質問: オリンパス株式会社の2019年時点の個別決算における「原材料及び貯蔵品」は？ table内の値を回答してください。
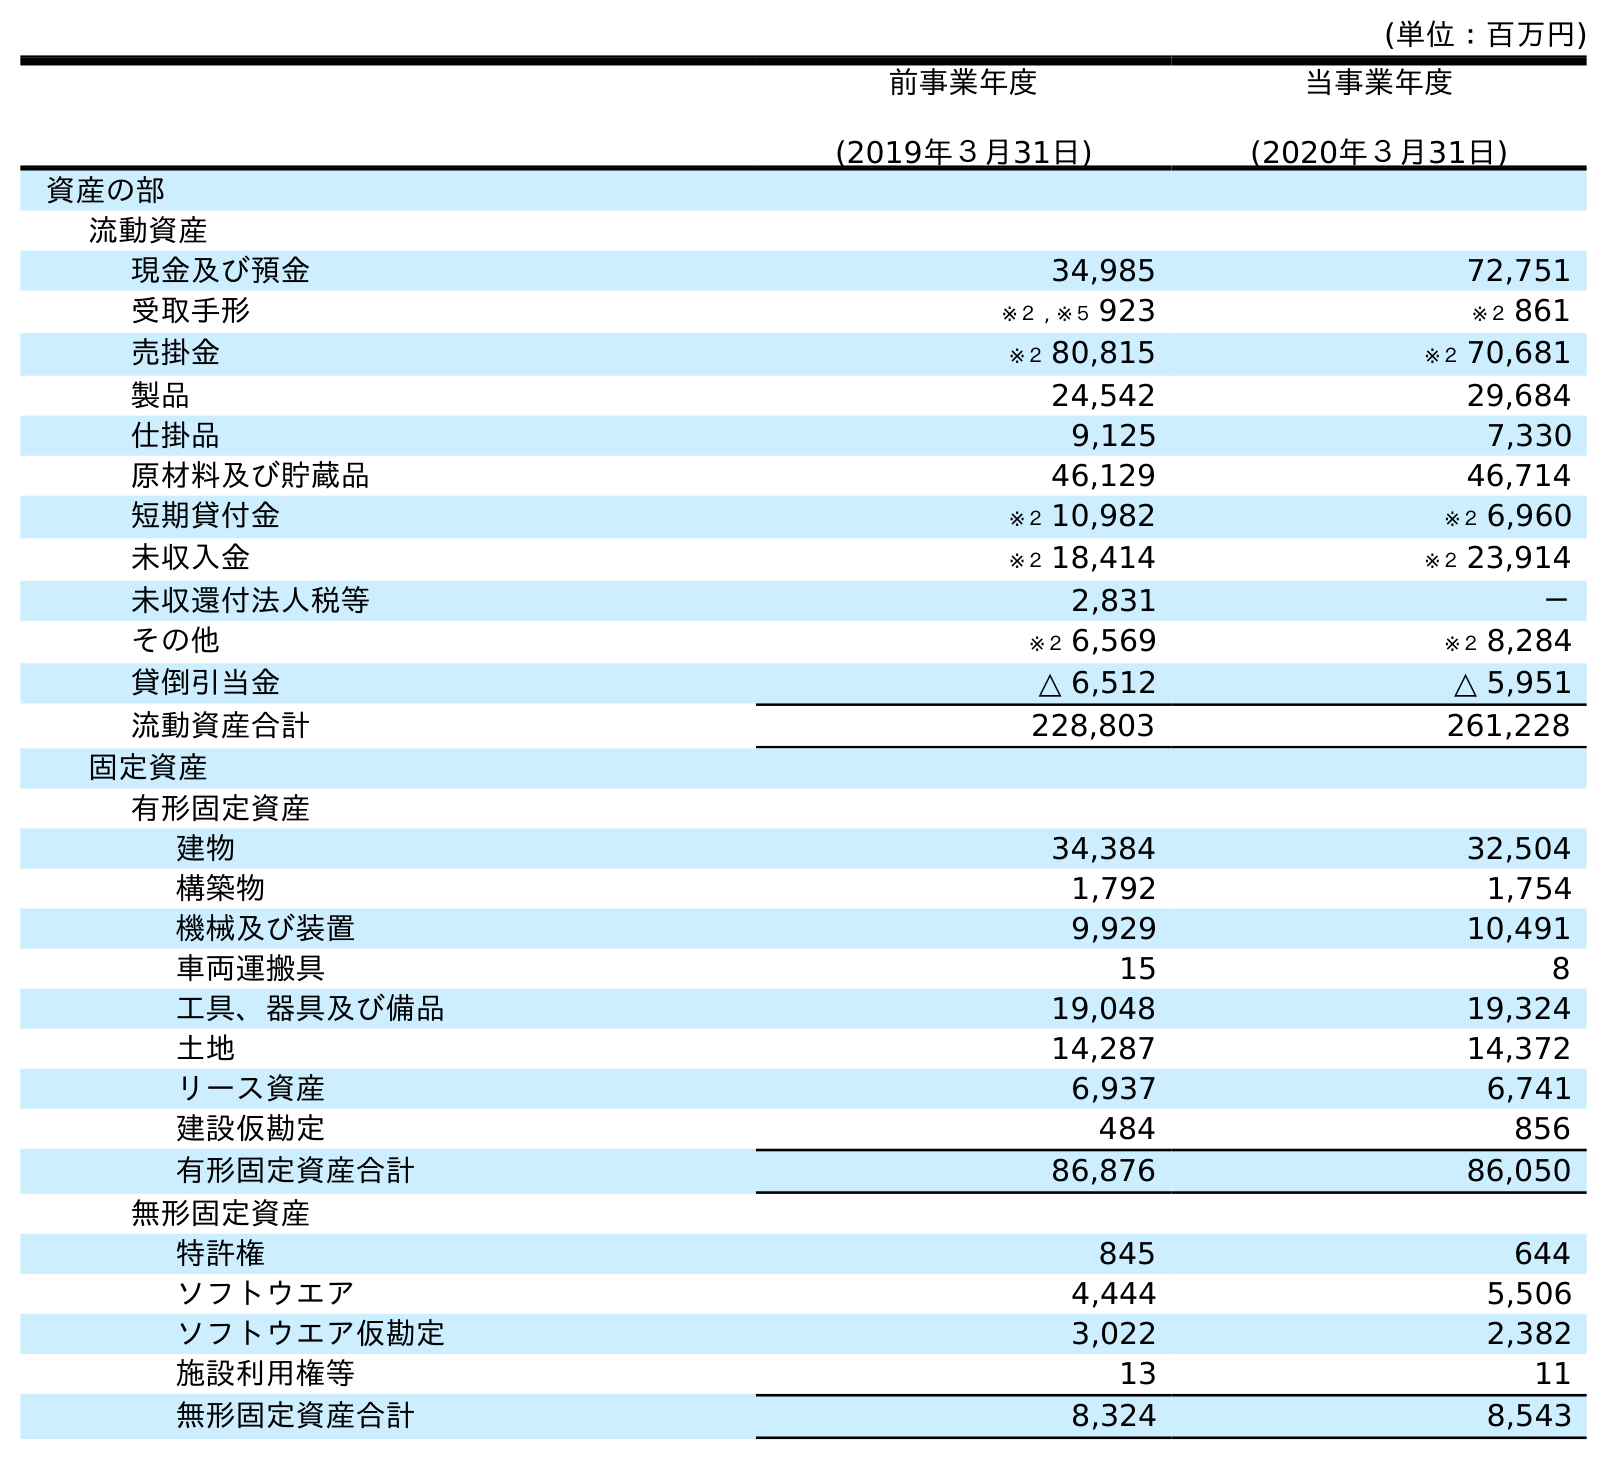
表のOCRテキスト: (単位：百万円) 前事業年度 (2019年３月31日) 当事業年度 (2020年３月31日) 資産の部 流動資産 現金及び預金 34,985 72,751 受取手形 ※２ , ※５ 923 ※２ 861 売掛金 ※２ 80,815 ※２ 70,681 製品 24,542 29,684 仕掛品 9,125 7,330 原材料及び貯蔵品 46,129 46,714 短期貸付金 ※２ 10,982 ※２ 6,960 未収入金 ※２ 18,414 ※２ 23,914 未収還付法人税等 2,831 － その他 ※２ 6,569 ※２ 8,284 貸倒引当金 △ 6,512 △ 5,951 流動資産合計 228,803 261,228 固定資産 有形固定資産 建物 34,384 32,504 構築物 1,792 1,754 機械及び装置 9,929 10,491 車両運搬具 15 8 工具、器具及び備品 19,048 19,324 土地 14,287 14,372 リース資産 6,937 6,741 建設仮勘定 484 856 有形固定資産合計 86,876 86,050 無形固定資産 特許権 845 644 ソフトウエア 4,444 5,506 ソフトウエア仮勘定 3,022 2,382 施設利用権等 13 11 無形固定資産合計 8,324 8,543
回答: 46,129